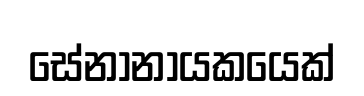
සේනානායකයෙක්